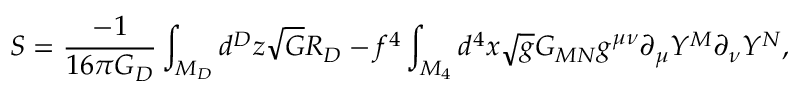
S = \frac { - 1 } { 1 6 \pi G _ { D } } \int _ { M _ { D } } d ^ { D } z \sqrt { G } R _ { D } - f ^ { 4 } \int _ { M _ { 4 } } d ^ { 4 } x \sqrt { g } G _ { M N } g ^ { \mu \nu } \partial _ { \mu } Y ^ { M } \partial _ { \nu } Y ^ { N } ,